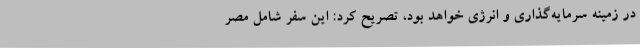
در زمینه سرمایه‌گذاری و انرژی خواهد بود، تصریح کرد: این سفر شامل مصر